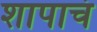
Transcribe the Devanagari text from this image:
शापाचं